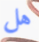
هل